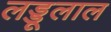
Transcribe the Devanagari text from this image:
लड्डूलाल